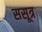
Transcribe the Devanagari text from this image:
ससूत्र